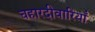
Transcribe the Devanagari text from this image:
चहारदीवारियाँ